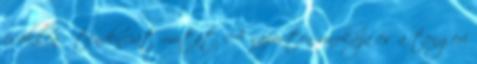
csökkenő tendenciát mutat. A napisten unokája és a tengeri